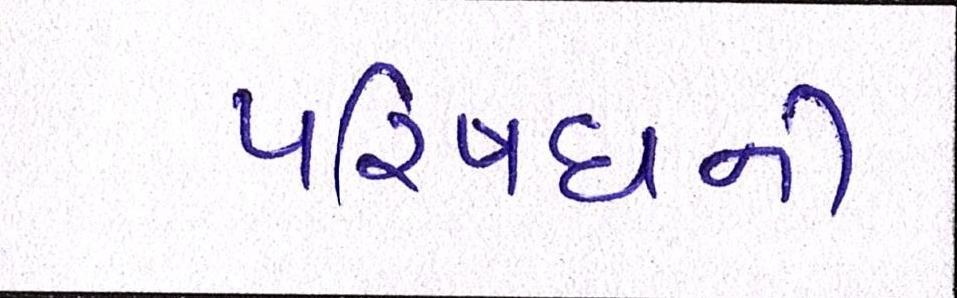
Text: પરિષધની